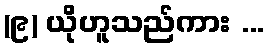
(၉) ယိုဟူသည်ကား ...